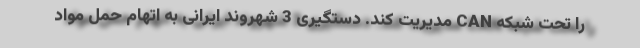
را تحت شبکه CAN مدیریت کند. دستگیری 3 شهروند ایرانی به اتهام حمل مواد